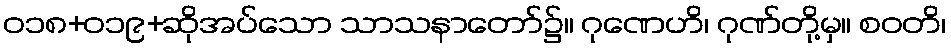
ဝ၁၈+၀၁၉+ဆိုအပ်သော သာသနာတော်၌။ ဂုဏေဟိ၊ ဂုဏ်တို့မှ။ စဝတိ၊